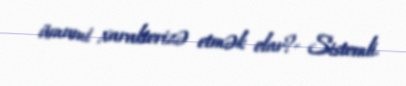
ümumi xarakterizə etmək olar?- Sistemli.